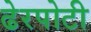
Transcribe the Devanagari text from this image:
ढेरपोटी